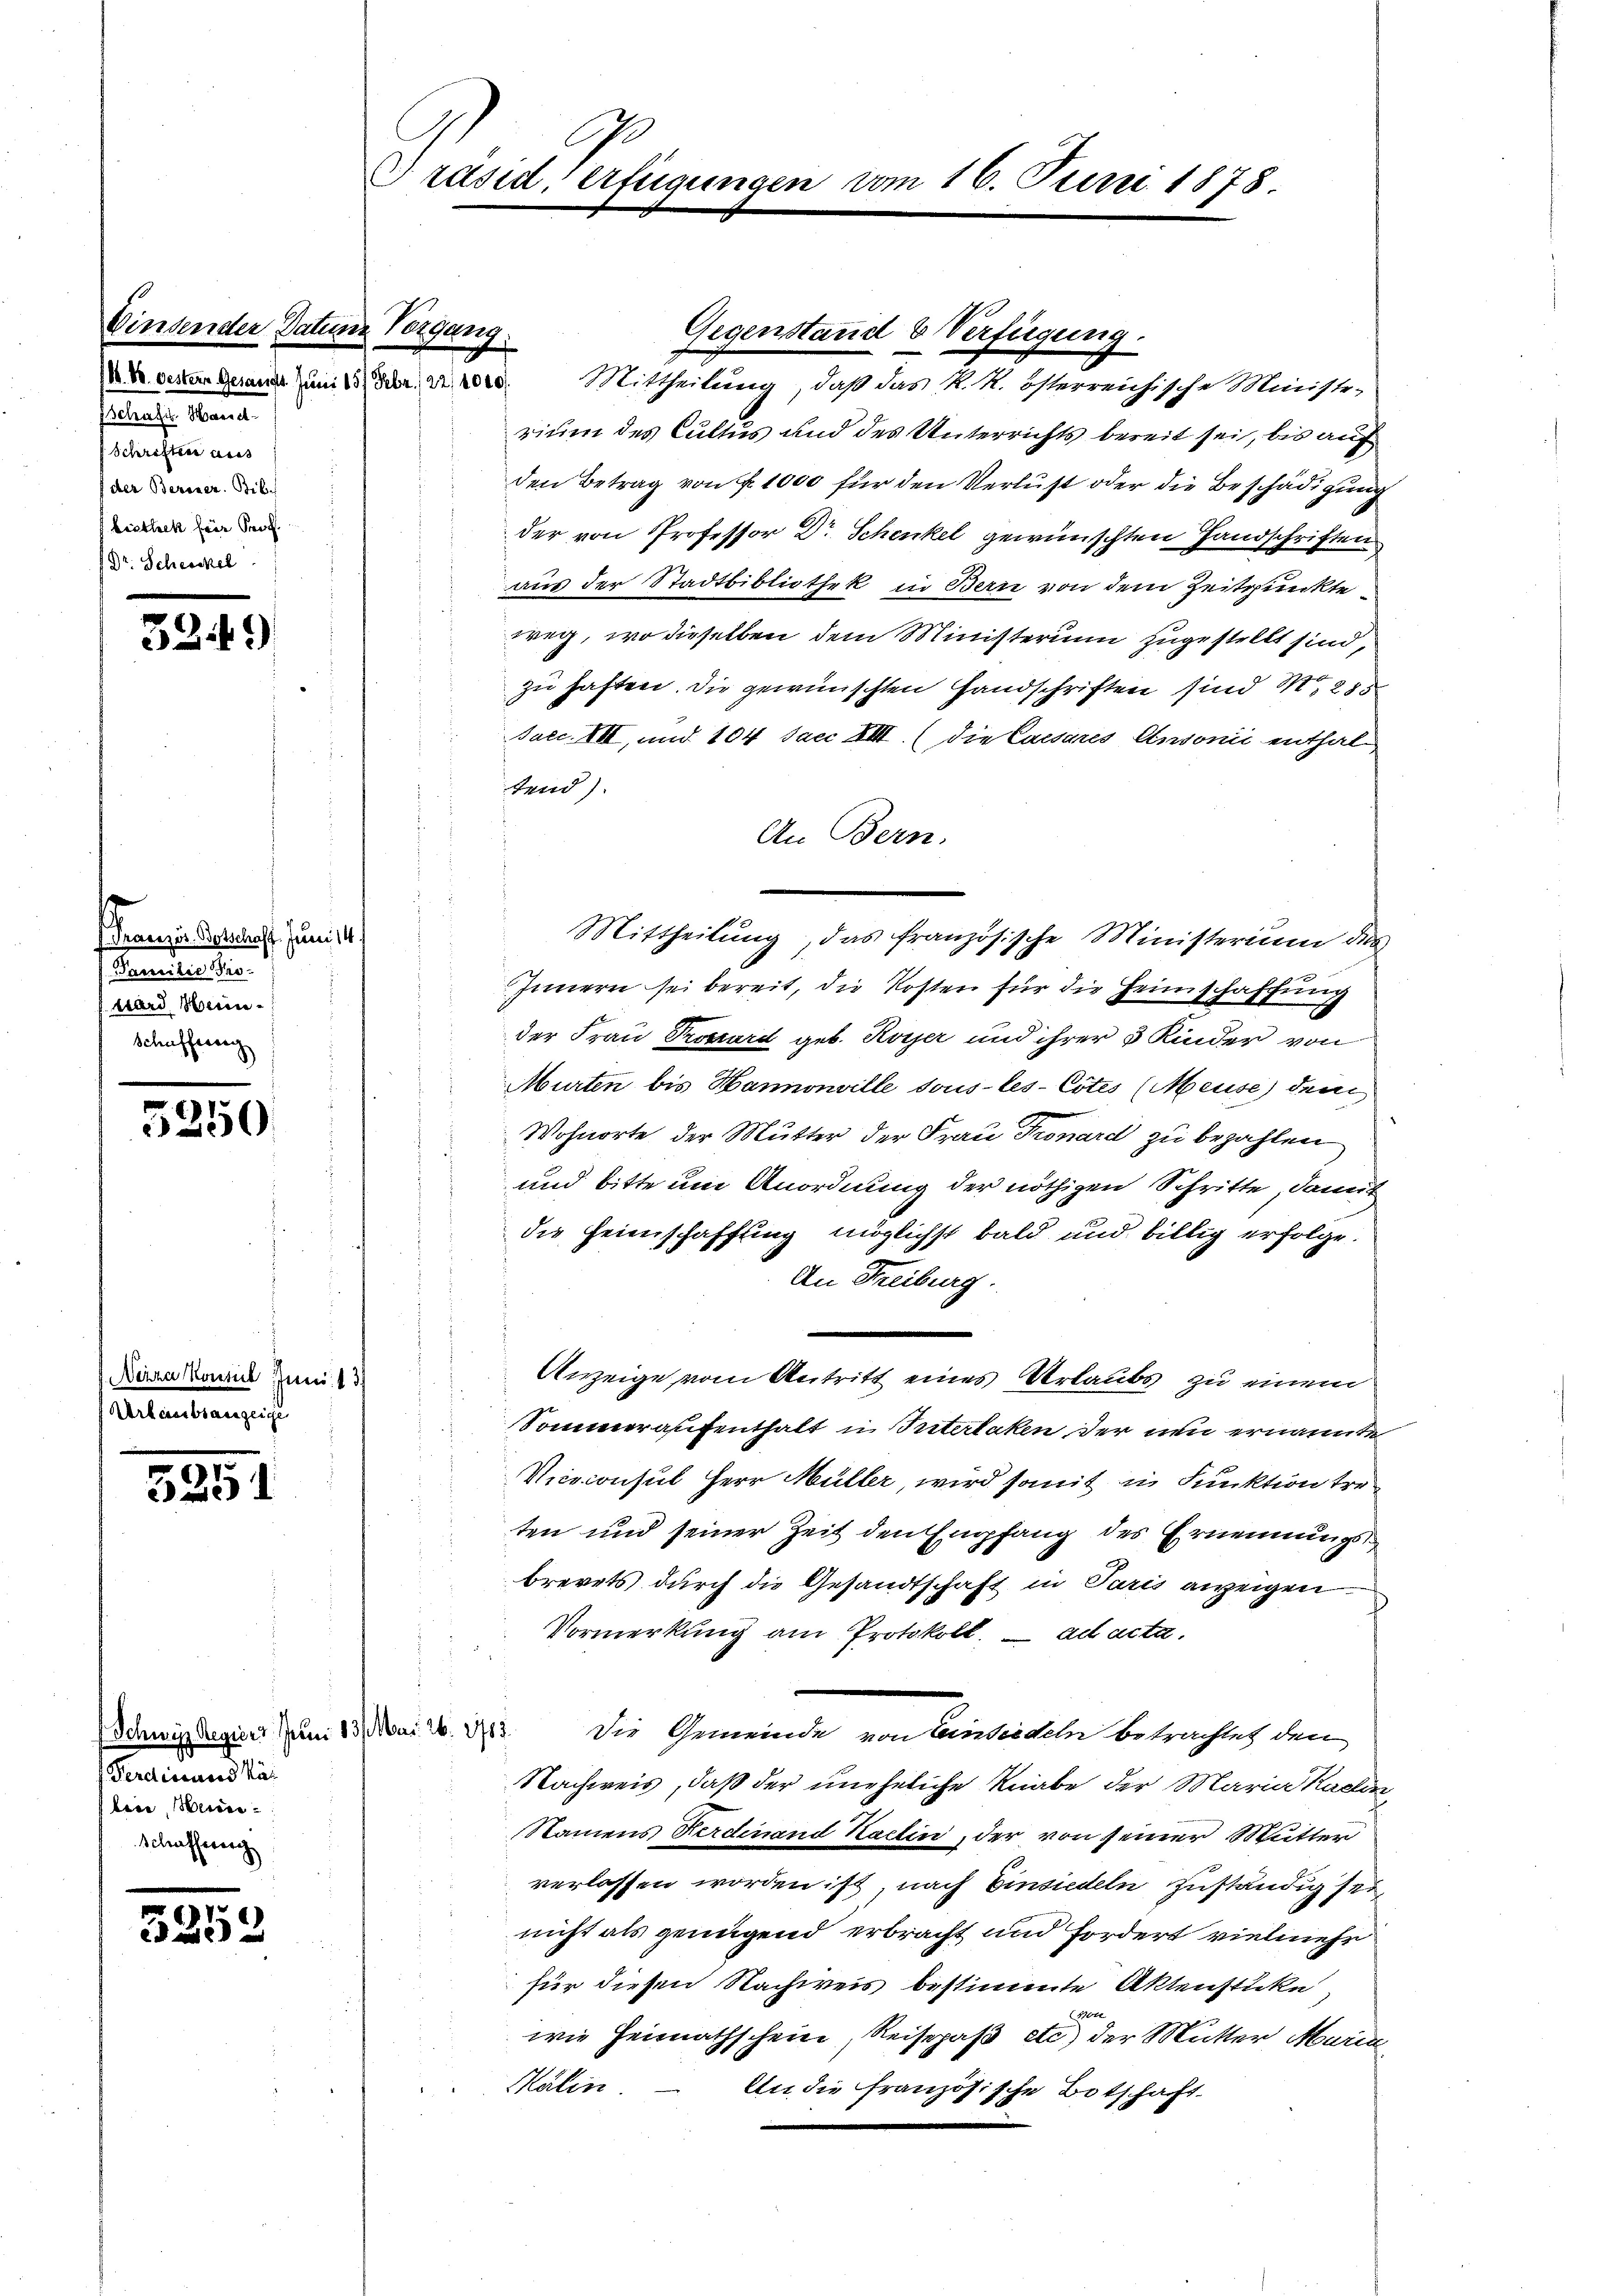
Vinsender Dat
18. 8. Oestern Gesandt. Jur
eltliche Manne
Schriften aus
der Berner Bib
biethek für Prof.

3.

)

Franzis Botschaft. Juni 14
. Familie Pro-
ward Hein
Schaffung

5250

Neiza Konsul Juni 13.
Urlaubsauzeige

5251

Schwyz Regiers Juni 13. Mai 26. 1785.
Ferdictund Käl
lene Wein¬
Schaffeerg

5252

Präsid, erfügungen vom 16. Juni 1878.

Mittheilung, daß das R. R. österreichische Ministe-
rium des Cultus und des Unterrichts bereit sei, bis auf
den Betrag von Nr. 1000 für den Verlust oder die Beschädigung
der von Professor Dr Schenkel gewünschten Handschriften
aus der Stadtbibliothek in Bern von dem Zeitpunkte
weg, wo dieselben dem Ministerium zugestellt sind,
zu haften. Die gewünschten Handschriften sind M. 285
Jacc. VII, und 104 Jacc XIII. (die Caesares Einsonić enthaltend).
An Bern.
Mittheilŭng, das französische Ministerium dies
Innern sei bereit, die Kosten für die Heimschaffung
der Frau Prosard geb. Koyer und ihrer 5 Kinder von
Murten bis Hannonville sous les- Cotes (Meuse dem
Wohnorte der Mutter der Frau Pronard zu bezahlen
und bitte um Anordnung der nöthigen Schritte, damit
die Heimschaffung möglichst bald und billig erfolge.
An Freiburg.
s
Anzeige vom Antritt eines Urlaubs zu einem
Sommeraufenthalt in Interlaken der neu ernannte
Vicoconsul Herr Müller, wird somit in Funktion tre
ten und seiner Zeit den Empfang des Ernennungsbrevets durch die Gesandtschaft in Paris anzeigen.
Vormerkung am Protokoll.  ad acta.
Die Gemeinde von Einsiedeln betrachtet den
Nachweis, daß der uneheliche Knabe der Maria Karlin,
Namens Ferdinand Kadlin, der von seiner Mutter
verlassen worden ist, nach Einsiedeln zuständig sei
nicht als genügend erbracht und fordert vielmehr
für diesen Nachweis bestimmte Aktenstücke,
0
wie Heimathschein, Reisepaß etc.) der Mutter Maria
Kälin
An die französische Botschaft

9
/22/1040.

Gegenstand & Verfügung.